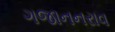
ગજાનનરાવ